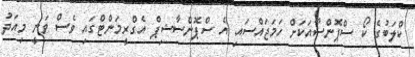
ކްލަބުގެ ކޯ ސްޕޮންސާއަކަށް ހަމަޖައްސައި އެ ސްޕޮންސާޝިޕް އެގްރީމަންޓްގައި ވެސް ވަނީ މިއަދު